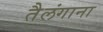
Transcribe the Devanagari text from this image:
तैलंगाना